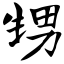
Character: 甥